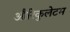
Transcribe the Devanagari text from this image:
औरिकुलेटम